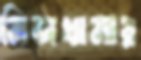
নিজখামার